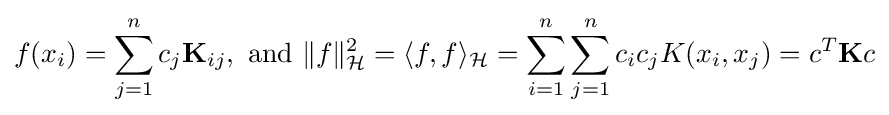
f(x_{i})=\sum _{j=1}^{n}c_{j}\mathbf {K} _{ij},{\text{ and }}\|f\|_{\mathcal {H}}^{2}=\langle f,f\rangle _{\mathcal {H}}=\sum _{i=1}^{n}\sum _{j=1}^{n}c_{i}c_{j}K(x_{i},x_{j})=c^{T}\mathbf {K} c